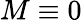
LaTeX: M\equiv 0